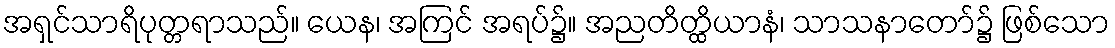
အရှင်သာရိပုတ္တရာသည်။ ယေန၊ အကြင် အရပ်၌။ အညတိတ္ထိယာနံ၊ သာသနာတော်၌ ဖြစ်သော